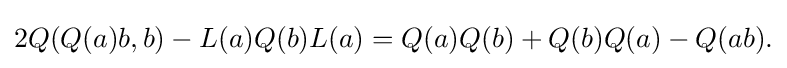
\displaystyle {2Q(Q(a)b,b)-L(a)Q(b)L(a)=Q(a)Q(b)+Q(b)Q(a)-Q(ab).}